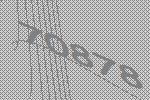
70878